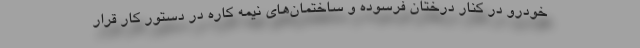
خودرو در کنار درختان فرسوده و ساختمان‌های نیمه کاره در دستور کار قرار